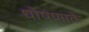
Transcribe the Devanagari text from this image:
घोषणाके